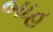
બાહ